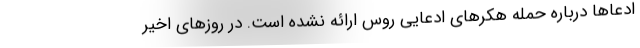
ادعاها درباره حمله هکرهای ادعایی روس ارائه نشده است. در روزهای اخیر